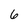
Character: 6